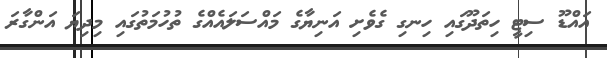
އައްޑޫ ސިޓީ ހިތަދޫގައި ހިނގި ގެވެށި އަނިޔާގެ މައްސަލައެއްގެ ތުހުމަތުގައި މިދިޔަ އަންގާރަ